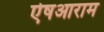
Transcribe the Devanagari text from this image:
ऐषआराम